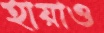
হায়াও